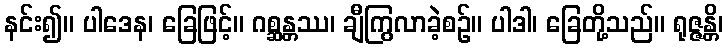
နင်း၍။ ပါဒေန၊ ခြေဖြင့်။ ဂစ္ဆန္တဿ၊ ချီကြွလာခဲ့စဉ်။ ပါဒါ၊ ခြေတို့သည်။ ရုဇ္ဇန္တိ၊